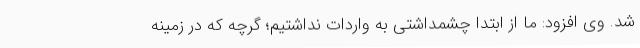
شد. وی افزود: ما از ابتدا چشمداشتی به واردات نداشتیم؛ گرچه که در زمینه